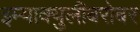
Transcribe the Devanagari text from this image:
इम्‍याक्‍युलीबरोबर